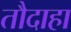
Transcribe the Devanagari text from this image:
तौदाहा